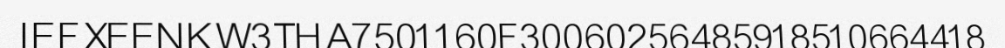
IEFXEENKW3THA7501160F30060256485918510664418